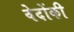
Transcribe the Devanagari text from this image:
वेदोंकी